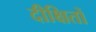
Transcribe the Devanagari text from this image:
दीक्षितों